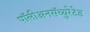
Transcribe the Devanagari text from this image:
पॉलीअनसॅच्युरेटेड